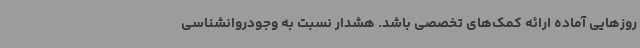
روزهایی آماده ارائه کمک‌های تخصصی باشد. هشدار نسبت به وجودروانشناسی